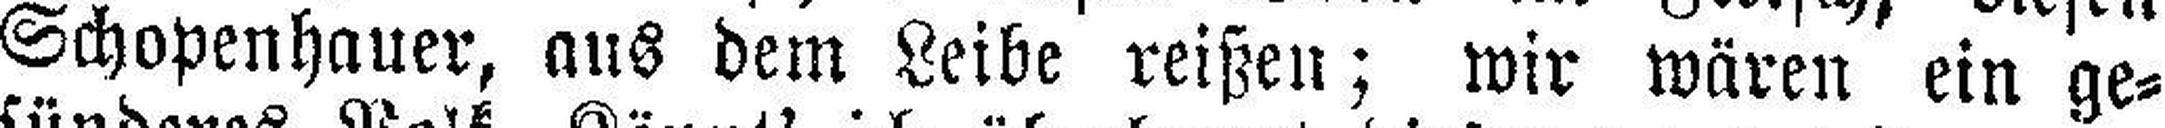
Schopenhauer, aus dem Leibe reißen; wir wären ein ge¬